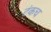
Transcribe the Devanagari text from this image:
टंकच